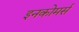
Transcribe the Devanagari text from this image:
इनकोमर्स